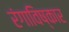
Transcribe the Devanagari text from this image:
रंगाविष्कार